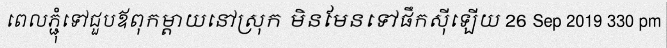
ពេលភ្ជុំទៅជួបឪពុកម្តាយនៅស្រុក មិនមែនទៅផឹកស៊ីឡើយ 26 Sep 2019 330 pm